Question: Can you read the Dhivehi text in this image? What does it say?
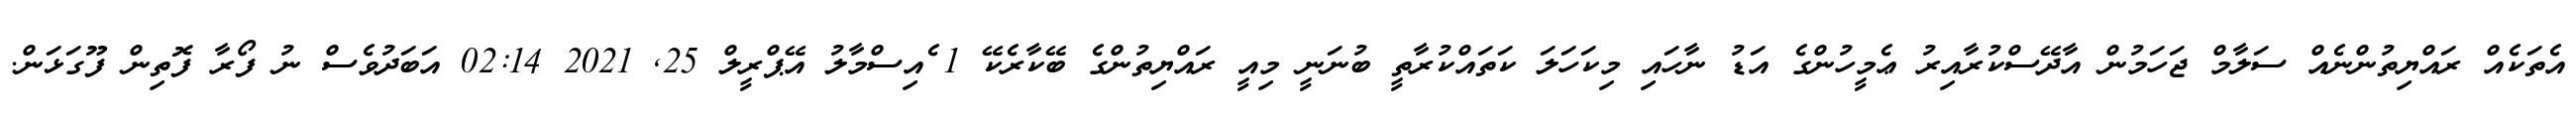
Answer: އެތަކެއް ރައްޔިތުންނެއް ސަލާމް ޖަހަމުން އާދޭސްކުރާއިރު ޢެމީހުންގެ އަޑު ނާހައި މިކަހަލަ ކަތައްކުރާތީ ބުނަނީ މިއީ ރައްޔިތުންގެ ބޭކާރެކޭ 1 ެއިސްމާލު އޭޕްރީލް 25, 2021 02:14 އަބަދުވެސް ނު ފޯރާ ފޮތިން ފޫގަޅަން.